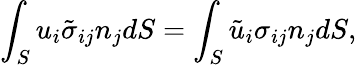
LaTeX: \int_{S}u_{i}\tilde{\sigma}_{ij}n_{j}dS=\int_{S}\tilde{u}_{i}\sigma_{ij}n_{j}dS,